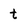
Character: t